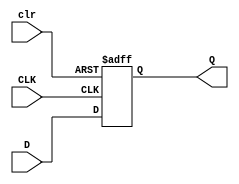
module dff_async_clear (
  input D,
  input clr,
  input CLK,
  output reg Q
);

always @(posedge CLK or posedge clr) begin
  if (clr) // asynchronous clear
    Q <= 1'b0;
  else
    Q <= D;
end

endmodule